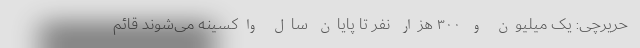
حریرچی: یک میلیون و ۳۰۰ هزار نفر تا پایان سال واکسینه می‌شوند قائم